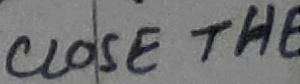
Text: CLOSE THE